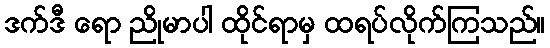
ဒက်ဒီ ရော ညိုမာပါ ထိုင်ရာမှ ထရပ်လိုက်ကြသည်။